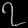
Digit: ၇